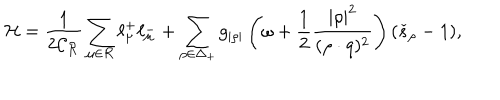
{ \cal H } = \frac { 1 } { 2 \mathcal { C _ { R } } } \sum _ { \mu \in \mathcal { R } } \ell _ { \mu } ^ { + } \ell _ { \mu } ^ { - } + \sum _ { \rho \in \Delta _ { + } } g _ { | \rho | } \left( \omega + \frac { 1 } { 2 } { \frac { | \rho | ^ { 2 } } { ( \rho \cdot q ) ^ { 2 } } } \right) ( \check { s } _ { \rho } - 1 ) ,